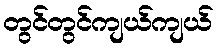
တွင်တွင်ကျယ်ကျယ်